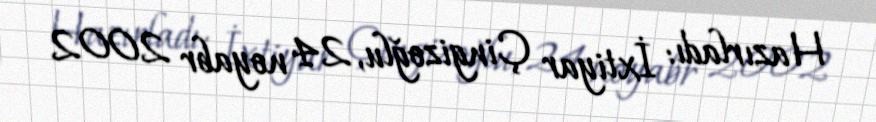
Hazırladı: İxtiyar Çingizoğlu, 24 noyabr 2002